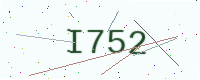
Text: I752